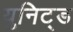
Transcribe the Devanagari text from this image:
युनिट्ड